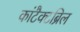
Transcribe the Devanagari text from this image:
कांटैक्टब्रिल